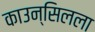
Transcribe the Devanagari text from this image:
काउन्सिलला